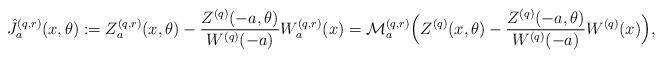
LaTeX: \begin{align*}\hat{J}_a^{(q,r)}(x,\theta ) &:= Z^{(q,r)}_a(x,\theta ) - \frac {Z^{(q)} (-a, \theta )} {W^{(q)}(-a)} W^{(q,r)}_a(x) = \mathcal{M}_a^{(q,r)} \Big( Z^{(q)}(x,\theta ) - \frac {Z^{(q)} (-a, \theta )} {W^{(q)}(-a)} W^{(q)}(x) \Big), \end{align*}